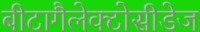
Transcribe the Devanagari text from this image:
बीटागैलेक्टोसीडेज